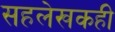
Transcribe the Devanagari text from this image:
सहलेखकही